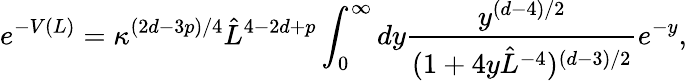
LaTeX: e^{-V(L)}=\kappa^{(2d-3p)/4}\hat{L}^{4-2d+p}\int_{0}^{\infty}dy{\frac{y^{(d-4)/2}}{(1+4y\hat{L}^{-4})^{(d-3)/2}}}e^{-y},